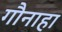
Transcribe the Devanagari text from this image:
गौनाहा